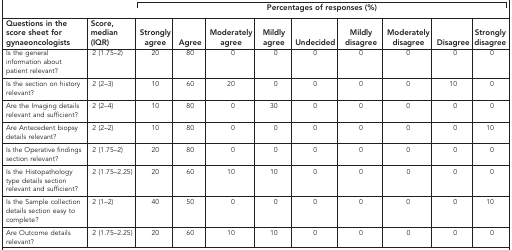
|  |  | <COLSPAN=9> Percentages of responses (%) |
 | Questions in the score sheet for gynaeoncologists | Score, median (IQR) | Strongly agree | Agree | Moderately agree | Mildly agree | Undecided | Mildly disagree | Moderately disagree | Disagree | Strongly disagree |
 | --- | --- | --- | --- | --- | --- | --- | --- | --- | --- | --- |
 | Is the general information about patient relevant? | 2 (1.75–2) | 20 | 80 | 0 | 0 | 0 | 0 | 0 | 0 | 0 |
 | Is the section on history relevant? | 2 (2–3) | 10 | 60 | 20 | 0 | 0 | 0 | 0 | 10 | 0 |
 | Are the Imaging details relevant and sufficient? | 2 (2–4) | 10 | 80 | 0 | 30 | 0 | 0 | 0 | 0 | 0 |
 | Are Antecedent biopsy details relevant? | 2 (2–2) | 10 | 80 | 0 | 0 | 0 | 0 | 0 | 0 | 10 |
 | Is the Operative findings section relevant? | 2 (1.75–2) | 20 | 80 | 0 | 0 | 0 | 0 | 0 | 0 | 0 |
 | Is the Histopathology type details section relevant and sufficient? | 2 (1.75–2.25) | 20 | 60 | 10 | 10 | 0 | 0 | 0 | 0 | 0 |
 | Is the Sample collection details section easy to complete? | 2 (1–2) | 40 | 50 | 0 | 0 | 0 | 0 | 0 | 0 | 10 |
 | Are Outcome details relevant? | 2 (1.75–2.25) | 20 | 60 | 10 | 10 | 0 | 0 | 0 | 0 | 0 |